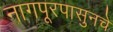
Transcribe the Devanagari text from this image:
नागपूरपासुनचे